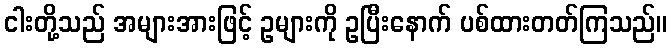
ငါးတို့သည် အများအားဖြင့် ဥများကို ဥပြီးနောက် ပစ်ထားတတ်ကြသည်။